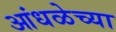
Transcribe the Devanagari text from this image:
आंधळेच्या